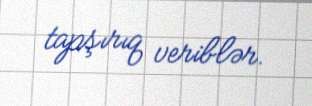
tapşırıq veriblər.